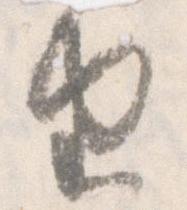
由